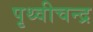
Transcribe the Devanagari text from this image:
पृथ्वीचन्द्र